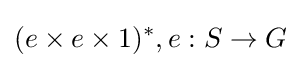
(e\times e\times 1)^{*},e:S\to G